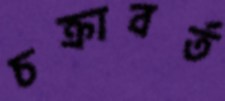
চক্রাবর্ত